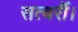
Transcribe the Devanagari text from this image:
सत्वरीं।